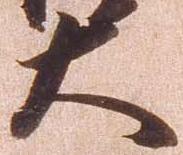
大